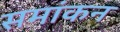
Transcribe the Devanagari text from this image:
समांकन